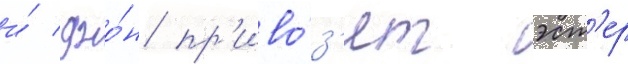
и́ джо́н пр'иво́з'ят эст'ер